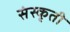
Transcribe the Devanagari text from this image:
संस्कृती